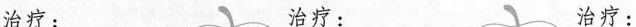
治疗： 治疗： 治疗：